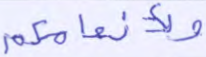
ولأنعامكم